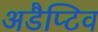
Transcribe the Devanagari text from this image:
अडैप्टिव